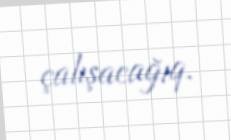
çalışacağıq.